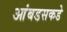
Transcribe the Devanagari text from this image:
आंबडसकडे